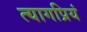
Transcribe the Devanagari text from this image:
त्यागप्रियं